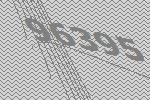
96395